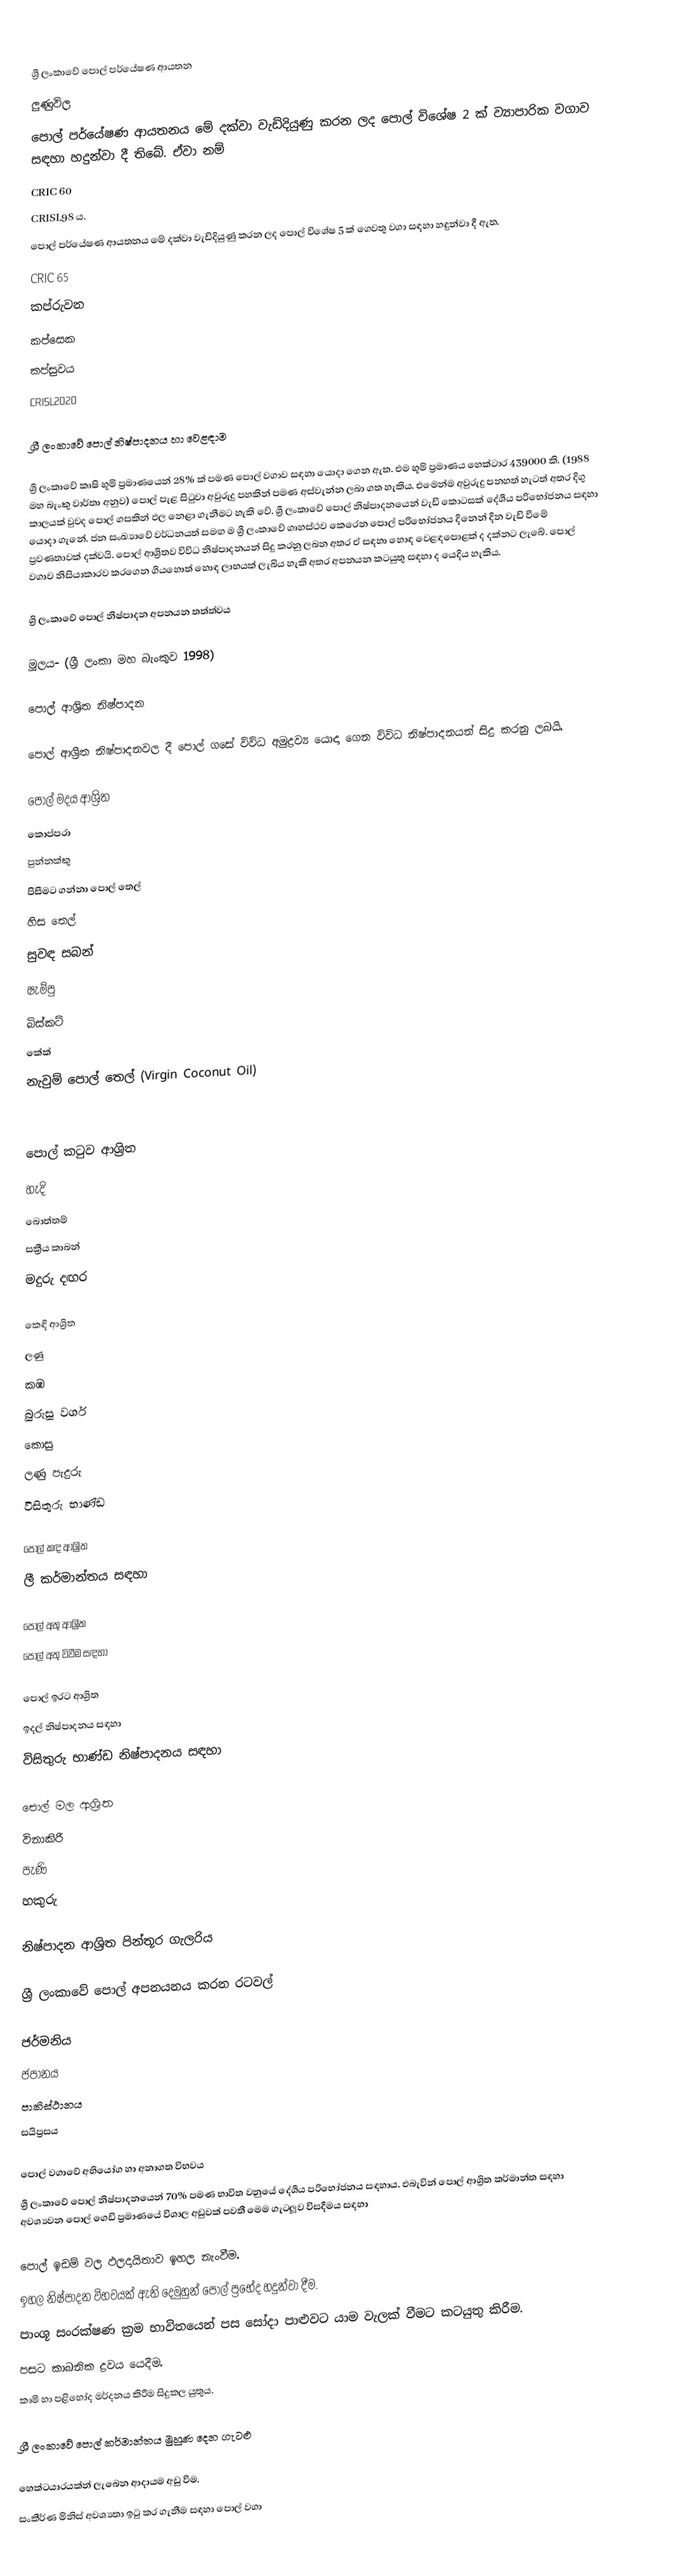

ශ්‍රී ලංකාවේ පොල් පර්යේෂණ ආයතන
ලුණුවිල
පොල් පර්යේෂණ ආයතනය මේ දක්වා වැඩිදියුණු කරන ලද පොල් විශේෂ 2 ක් ව්‍යාපාරික වගාව සඳහා හදුන්වා දී තිබේ. ඒවා නම්
CRIC 60
CRISL98 ය.
පොල් පර්යේෂණ ආයතනය මේ දක්වා වැඩිදියුණු කරන ලද පොල් විශේෂ 5 ක් ගෙවතු වගා සඳහා හඳුන්වා දී ඇත.
CRIC 65
කප්රුවන
කප්සෙක
කප්සුවය
CRISL2020

ශ්‍රී ලංකාවේ පොල් නිෂ්පාදනය හා වෙළඳාම

ශ්‍රී ලංකාවේ කෘෂි භූමි ප්‍රමාණයෙන් 28% ක් පමණ පොල් වගාව සඳහා යොදා ගෙන ඇත. එම භූමි ප්‍රමාණය හෙක්ටාර 439000 කි. (1988 මහ බැංකු වාර්තා අනුව) පොල් පැළ සිටුවා අවුරුදු පහකින් පමණ අස්වැන්න ලබා ගත හැකිය. එමෙන්ම අවුරුදු පනහත් හැටත් අතර දිගු කාලයක් වුවද පොල් ගසකින් ඵල නෙළා ගැනීමට හැකි වේ. ශ්‍රී ලංකාවේ පොල්  නිෂ්පාදනයෙන් වැඩි කොටසක් දේශීය පරිභෝජනය සඳහා යොදා ගැනේ. ජන සංඛ්‍යාවේ වර්ධනයත් සමඟ ම ශ්‍රී ලංකාවේ ගෘහස්ථව කෙරෙන පොල් පරිභෝජනය දිනෙන් දින වැඩි වීමේ ප්‍රවණතාවක් දක්වයි. පොල් ආශ්‍රිතව විවිධ නිෂ්පාදනයන් සිදු කරනු ලබන අතර ඒ සඳහා හොඳ වෙළඳපොළක් ද දක්නට ලැබේ. පොල් වගාව නිසියාකාරව කරගෙන ගියහොත් හොඳ ලාභයක් ලැබිය හැකි අතර අපනයන කටයුතු සඳහා ද යෙදිය හැකිය.

ශ්‍රි ලංකාවේ පොල් නිෂ්පාදන අපනයන තත්ත්වය

මූලය- (ශ්‍රී ලංකා මහ බැංකුව 1998)

පොල් ආශ්‍රිත නිෂ්පාදන

පොල් ආශ්‍රිත නිෂ්පාදනවල දී පොල් ගසේ විවිධ අමුද්‍රව්‍ය යොදා ගෙන විවිධ නිෂ්පාදනයන් සිදු කරනු ලබයි.

පොල් මදය ආශ්‍රිත
කොප්පරා
පුන්නක්කු
පිසීමට ගන්නා පොල් තෙල්
හිස තෙල්
සුවඳ සබන්
ෂැම්පු
බිස්කට්
කේක්
නැවුම් පොල් තෙල් (Virgin Coconut Oil)

පොල් කටුව ආශ්‍රිත
හැදි
බොත්තම්
සක්‍රීය කාබන්
මදුරු දඟර

කෙඳි ආශ්‍රිත
ලණු
කඹ
බුරුසු වර්ග
කොසු
ලණු පැදුරු
විසිතුරු භාණ්ඩ

පොල් කඳ	ආශ්‍රිත
ලී කර්මාන්තය සඳහා

පොල් අතු	ආශ්‍රිත
පොල් අතු විවීම සඳහා

පොල් ඉරට ආශ්‍රිත
ඉදල් නිෂ්පාදනය සඳහා
විසිතුරු භාණ්ඩ නිෂ්පාදනය සඳහා

පොල් මල ආශ්‍රිත
විනාකිරි
පැණි
හකුරු

නිෂ්පාදන ආශ්‍රිත පින්තූර ගැලරිය

ශ්‍රී ලංකාවේ පොල් අපනයනය කරන රටවල්

ජර්මනිය
ජපානය
පාකිස්ථානය
සයිප්‍රසය

පොල් වගාවේ අභියෝග හා අනාගත විභවය
ශ්‍රී ලංකාවේ පොල් නිෂ්පාදනයෙන් 70% පමණ භාවිත වනුයේ දේශීය පරිභෝජනය සඳහාය. එබැවින් පොල් ආශ්‍රිත කර්මාන්ත සඳහා අවශ්‍යවන පොල් ගෙඩි ප්‍රමාණයේ විශාල අඩුවක් පවතී මෙම ගැටලූව විසදීමය සඳහා

 පොල් ඉඩම් වල ඵලදායිතාව ඉහල නැංවීම.
 ඉහල නිෂ්පාදන විභවයක් ඇති දෙමුහුන් පොල් ප්‍රභේද හදුන්වා දීම.
 පාංශූ සංරක්ෂණ ක්‍රම භාවිතයෙන් පස සෝදා පාළුවට යාම වැලක් වීමට කටයුතු කිරීම.
 පසට කාබනික ද්‍රවය යෙදීම.
 කෘමී හා පළිහෝද මර්දනය කිරීම සිදුකල යුතුය.

ශ්‍රී ලංකාවේ පොල් කර්මාන්තය මුහුණ දෙන ගැටළු

හෙක්ටයාරයක්න් ලැබෙන ආදායම අඩු වීම.
සංකීර්ණ මිනිස් අවශ්‍යතා ඉටු කර ගැනීම සඳහා පොල් වගා